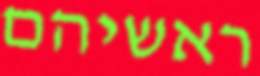
ראשיהם